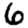
Digit: 6